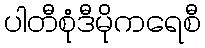
ပါတီစုံဒီမိုကရေစီ